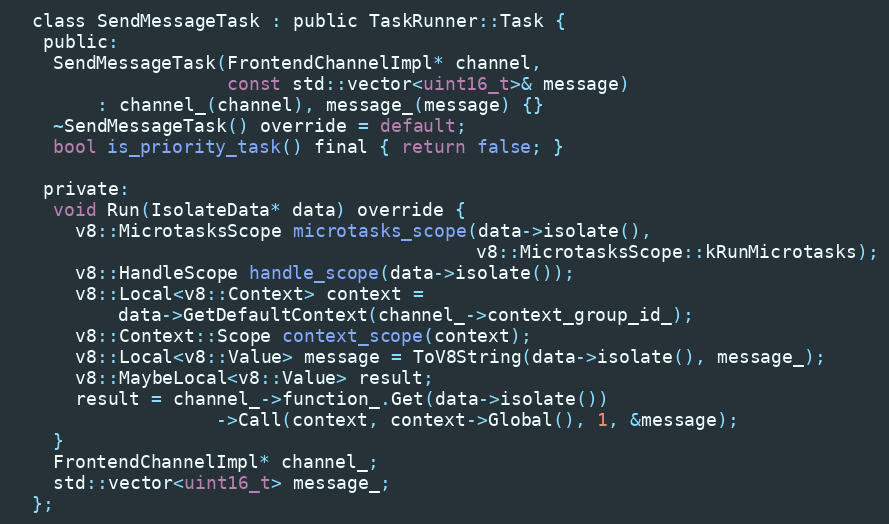
Language: C
  class SendMessageTask : public TaskRunner::Task {
   public:
    SendMessageTask(FrontendChannelImpl* channel,
                    const std::vector<uint16_t>& message)
        : channel_(channel), message_(message) {}
    ~SendMessageTask() override = default;
    bool is_priority_task() final { return false; }

   private:
    void Run(IsolateData* data) override {
      v8::MicrotasksScope microtasks_scope(data->isolate(),
                                           v8::MicrotasksScope::kRunMicrotasks);
      v8::HandleScope handle_scope(data->isolate());
      v8::Local<v8::Context> context =
          data->GetDefaultContext(channel_->context_group_id_);
      v8::Context::Scope context_scope(context);
      v8::Local<v8::Value> message = ToV8String(data->isolate(), message_);
      v8::MaybeLocal<v8::Value> result;
      result = channel_->function_.Get(data->isolate())
                   ->Call(context, context->Global(), 1, &message);
    }
    FrontendChannelImpl* channel_;
    std::vector<uint16_t> message_;
  };